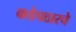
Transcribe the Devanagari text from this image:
कडेपठारचे